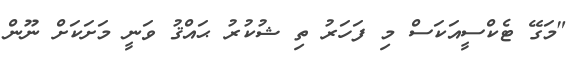
"މަގޭ ޓެކްސީއަކަސް މި ފަހަރު ތި ޝުކުރު ޙައްޤު ވަނީ މަށަކަށް ނޫން